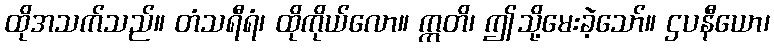
ထိုအသက်သည်။ တံသရီရံ၊ ထိုကိုယ်လော။ ဣတိ၊ ဤသို့မေးခဲ့သော်။ ဌပနီယော၊